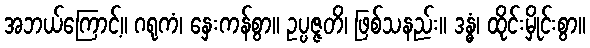
အဘယ်ကြောင့်။ ဂရုကံ၊ နှေးကန်စွာ။ ဥပ္ပဇ္ဇတိ၊ ဖြစ်သနည်း။ ဒန္ဓံ၊ ထိုင်းမှိုင်းစွာ။